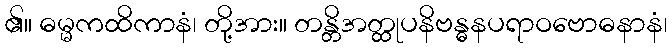
၏။ ဓမ္မကထိကာနံ၊ တို့အား။ တန္တိအတ္ထုပနိဗန္ဓနပရာဝဗောဓနာနံ၊